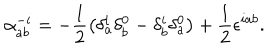
LaTeX: \alpha _ { a b } ^ { - i } = - \frac { 1 } { 2 } \left( \delta _ { a } ^ { i } \delta _ { b } ^ { 0 } - \delta _ { b } ^ { i } \delta _ { a } ^ { 0 } \right) + \frac { 1 } { 2 } \epsilon ^ { i a b } .